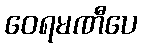
ဝေရမဏီပေ